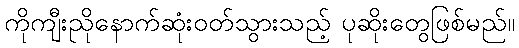
ကိုကျီးညိုနောက်ဆုံးဝတ်သွားသည့် ပုဆိုးတွေဖြစ်မည်။